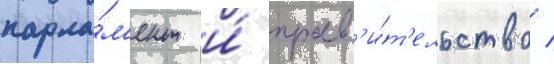
парла́м'ент и́ прав'и́т'ельство /